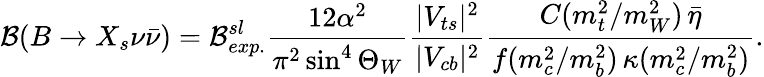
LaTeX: {\cal B}(B\rightarrow X_{s}\nu\bar{\nu})={\cal B}_{exp.}^{sl}\frac{12\alpha^{2}}{\pi^{2}\sin^{4}\Theta_{W}}\frac{|V_{ts}|^{2}}{|V_{cb}|^{2}}\frac{C(m_{t}^{2}/m_{W}^{2})\, \bar{\eta}}{f(m_{c}^{2}/m_{b}^{2})\, \kappa(m_{c}^{2}/m_{b}^{2})}.